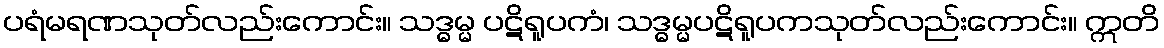
ပရံမရဏသုတ်လည်းကောင်း။ သဒ္ဓမ္မ ပဋိရူပကံ၊ သဒ္ဓမ္မပဋိရူပကသုတ်လည်းကောင်း။ ဣတိ